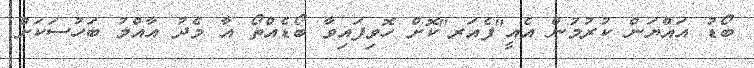
ބޯޑު އައްޔަން ކުރުމުން އެއީ"ފެއަރ"ކޮށް ހޮވިފައިވާ ބޯޑެއްތޯ އާ މެދު އާއްމު ބަހުސަކަށް